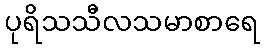
ပုရိသသီလသမာစာရေ